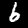
Label: 6